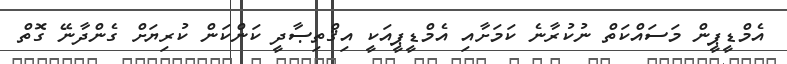
އެމްޑީޕީން މަސައްކަތް ނުކުރާނެ ކަމަށާއި އެމްޑީޕީއަކީ އިޤްތިޞާދީ ކަންކަން ކުރިޔަށް ގެންދާނޭ ގޮތް